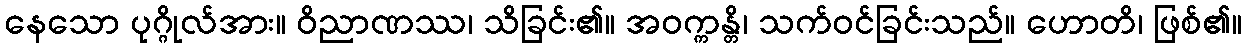
နေသော ပုဂ္ဂိုလ်အား။ ဝိညာဏဿ၊ သိခြင်း၏။ အဝက္ကန္တိ၊ သက်ဝင်ခြင်းသည်။ ဟောတိ၊ ဖြစ်၏။